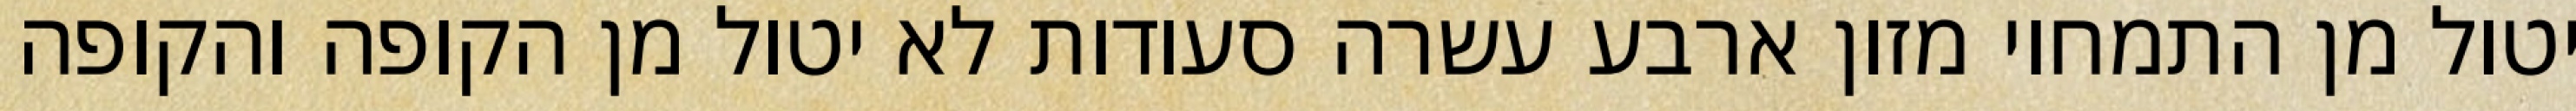
יטול מן התמחוי מזון ארבע עשרה סעודות לא יטול מן הקופה והקופה